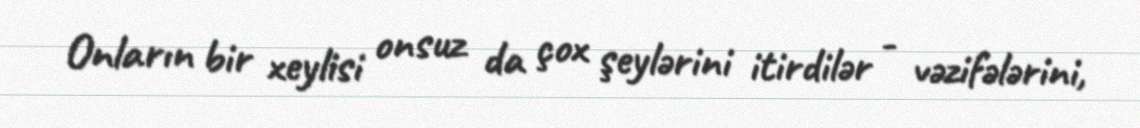
Onların bir xeylisi onsuz da çox şeylərini itirdilər - vəzifələrini,